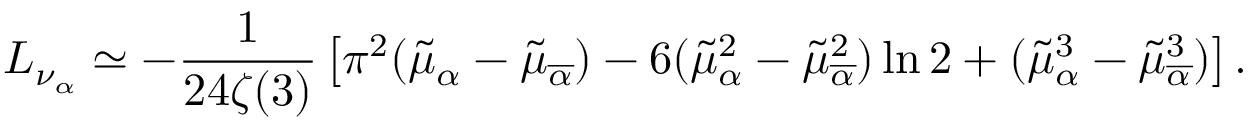
L _ { \nu _ { \alpha } } \simeq - { \frac { 1 } { 2 4 \zeta ( 3 ) } } \left[ \pi ^ { 2 } ( \tilde { \mu } _ { \alpha } - \tilde { \mu } _ { \overline { { { \alpha } } } } ) - 6 ( \tilde { \mu } _ { \alpha } ^ { 2 } - \tilde { \mu } _ { \overline { { { \alpha } } } } ^ { 2 } ) \ln 2 + ( \tilde { \mu } _ { \alpha } ^ { 3 } - \tilde { \mu } _ { \overline { { { \alpha } } } } ^ { 3 } ) \right] .